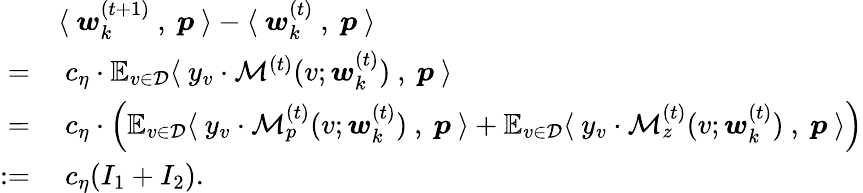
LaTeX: \begin{array}{rl}&{\langle~{\boldsymbol w}_{k}^{(t+1)}~,~{\boldsymbol p}~\rangle-\langle~{\boldsymbol w}_{k}^{(t)}~,~{\boldsymbol p}~\rangle}\\ {=}&{~c_{\eta}\cdot\mathbb{E}_{v\in\mathcal{D}}\langle~y_{v}\cdot\mathcal{M}^{(t)}(v;{\boldsymbol w}_{k}^{(t)})~,~{\boldsymbol p}~\rangle}\\ {=}&{~c_{\eta}\cdot\Big(\mathbb{E}_{v\in\mathcal{D}}\langle~y_{v}\cdot\mathcal{M}_{p}^{(t)}(v;{\boldsymbol w}_{k}^{(t)})~,~{\boldsymbol p}~\rangle+\mathbb{E}_{v\in\mathcal{D}}\langle~y_{v}\cdot\mathcal{M}_{z}^{(t)}(v;{\boldsymbol w}_{k}^{(t)})~,~{\boldsymbol p}~\rangle\Big)}\\ {:=}&{~c_{\eta}(I_{1}+I_{2}).}\end{array}